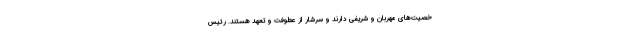
خصیت‌های مهربان و شریفی دارند و سرشار از عطوفت و تعهد هستند. رئیس